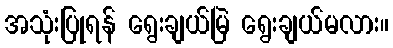
အသုံးပြုရန် ရွေးချယ်မြဲ ရွေးချယ်မလား။